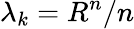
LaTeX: \lambda_{k}=R^{n}/n